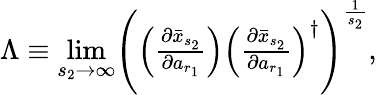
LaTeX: \begin{array}{r}{\Lambda\equiv\underset{s_{2}\rightarrow\infty}{\operatorname*{lim}}\Biggl(\Bigl(\frac{\partial\bar{x}_{s_{2}}}{\partial a_{r_{1}}}\Bigr)\Bigl(\frac{\partial\bar{x}_{s_{2}}}{\partial a_{r_{1}}}\Bigr)^{\dagger}\Biggr)^{\frac{1}{s_{2}}},}\end{array}